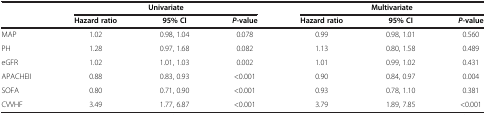
<table><thead><tr><td><b> </b></td><td colspan="3"><b>Univariate</b></td><td colspan="3"><b>Multivariate</b></td></tr><tr><td><b> </b></td><td><b>Hazard ratio</b></td><td><b>95% CI</b></td><td><b><i>P</i>-value</b></td><td><b>Hazard ratio</b></td><td><b>95% CI</b></td><td><b><i>P</i>-value</b></td></tr></thead><tbody><tr><td>MAP</td><td>1.02</td><td>0.98, 1.04</td><td>0.078</td><td>0.99</td><td>0.98, 1.01</td><td>0.560</td></tr><tr><td>PH</td><td>1.28</td><td>0.97, 1.68</td><td>0.082</td><td>1.13</td><td>0.80, 1.58</td><td>0.489</td></tr><tr><td>eGFR</td><td>1.02</td><td>1.01, 1.03</td><td>0.002</td><td>1.01</td><td>0.99, 1.02</td><td>0.431</td></tr><tr><td>APACHEII</td><td>0.88</td><td>0.83, 0.93</td><td>&lt;0.001</td><td>0.90</td><td>0.84, 0.97</td><td>0.004</td></tr><tr><td>SOFA</td><td>0.80</td><td>0.71, 0.90</td><td>&lt;0.001</td><td>0.93</td><td>0.78, 1.10</td><td>0.381</td></tr><tr><td>CVVHF</td><td>3.49</td><td>1.77, 6.87</td><td>&lt;0.001</td><td>3.79</td><td>1.89, 7.85</td><td>&lt;0.001</td></tr></tbody></table>